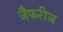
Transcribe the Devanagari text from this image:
जैफरीज